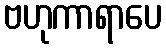
ဗဟုကာရာပေ